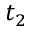
t _ { 2 }